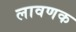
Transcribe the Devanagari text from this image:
लावणक